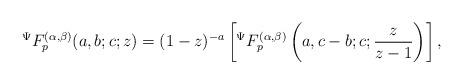
LaTeX: \begin{align*}{}^{\Psi}F_{p}^{(\alpha,\beta)}(a,b;c;z)=(1-z)^{-a}\left[ {}^{\Psi}F_{p}^{(\alpha,\beta)}\left( a,c-b;c;\frac{z}{z-1}\right) \right],\end{align*}